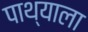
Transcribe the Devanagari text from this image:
पाथ्याला